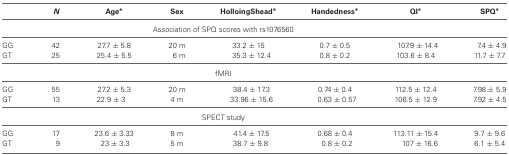
<table><thead><tr><td></td><td><b><i>N</i></b></td><td><b>Age*</b></td><td><b>Sex</b></td><td><b>HollingShead*</b></td><td><b>Handedness*</b></td><td><b>QI*</b></td><td><b>SPQ*</b></td></tr></thead><tbody><tr><td colspan="8">Association of SPQ scores with rs1076560</td></tr><tr><td>GG</td><td>42</td><td>27.7 ± 5.8</td><td>20 m</td><td>33.2 ± 15</td><td>0.7 ± 0.5</td><td>107.9 ± 14.4</td><td>7.5 ± 4.9</td></tr><tr><td>GT</td><td>25</td><td>25.4 ± 5.5</td><td>6 m</td><td>35.3 ± 12.4</td><td>0.8 ± 0.2</td><td>103.6 ± 8.4</td><td>11.7 ± 7.7</td></tr><tr><td colspan="8">fMRI</td></tr><tr><td>GG</td><td>55</td><td>27.2 ± 5.3</td><td>20 m</td><td>38.4 ± 17.3</td><td>0.74 ± 0.4</td><td>112.5 ± 12.4</td><td>7.98 ± 5.9</td></tr><tr><td>GT</td><td>13</td><td>22.9 ± 3</td><td>4 m</td><td>33.96 ± 15.6</td><td>0.63 ± 0.57</td><td>106.5 ± 12.9</td><td>7.92 ± 4.5</td></tr><tr><td colspan="8">SPECT study</td></tr><tr><td>GG</td><td>17</td><td>23.6 ± 3.33</td><td>8 m</td><td>41.4 ± 17.5</td><td>0.68 ± 0.4</td><td>113.11 ± 15.4</td><td>9.7 ± 9.6</td></tr><tr><td>GT</td><td>9</td><td>23 ± 3.3</td><td>5 m</td><td>38.7 ± 9.8</td><td>0.8 ± 0.2</td><td>107 ± 16.6</td><td>6.1 ± 5.4</td></tr></tbody></table>